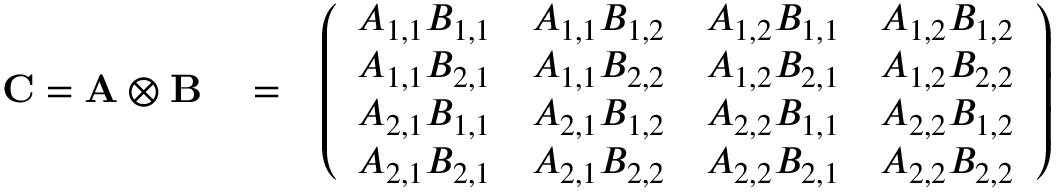
\begin{array} { r l r } { \ensuremath { \mathbf { C } } = \bf { A } \otimes \bf { B } } & { { } = } & { \left( \begin{array} { l l l l } { A _ { 1 , 1 } B _ { 1 , 1 } } & { A _ { 1 , 1 } B _ { 1 , 2 } } & { A _ { 1 , 2 } B _ { 1 , 1 } } & { A _ { 1 , 2 } B _ { 1 , 2 } } \\ { A _ { 1 , 1 } B _ { 2 , 1 } } & { A _ { 1 , 1 } B _ { 2 , 2 } } & { A _ { 1 , 2 } B _ { 2 , 1 } } & { A _ { 1 , 2 } B _ { 2 , 2 } } \\ { A _ { 2 , 1 } B _ { 1 , 1 } } & { A _ { 2 , 1 } B _ { 1 , 2 } } & { A _ { 2 , 2 } B _ { 1 , 1 } } & { A _ { 2 , 2 } B _ { 1 , 2 } } \\ { A _ { 2 , 1 } B _ { 2 , 1 } } & { A _ { 2 , 1 } B _ { 2 , 2 } } & { A _ { 2 , 2 } B _ { 2 , 1 } } & { A _ { 2 , 2 } B _ { 2 , 2 } } \end{array} \right) } \end{array}